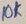
Text: 10K